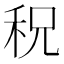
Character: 𥞏